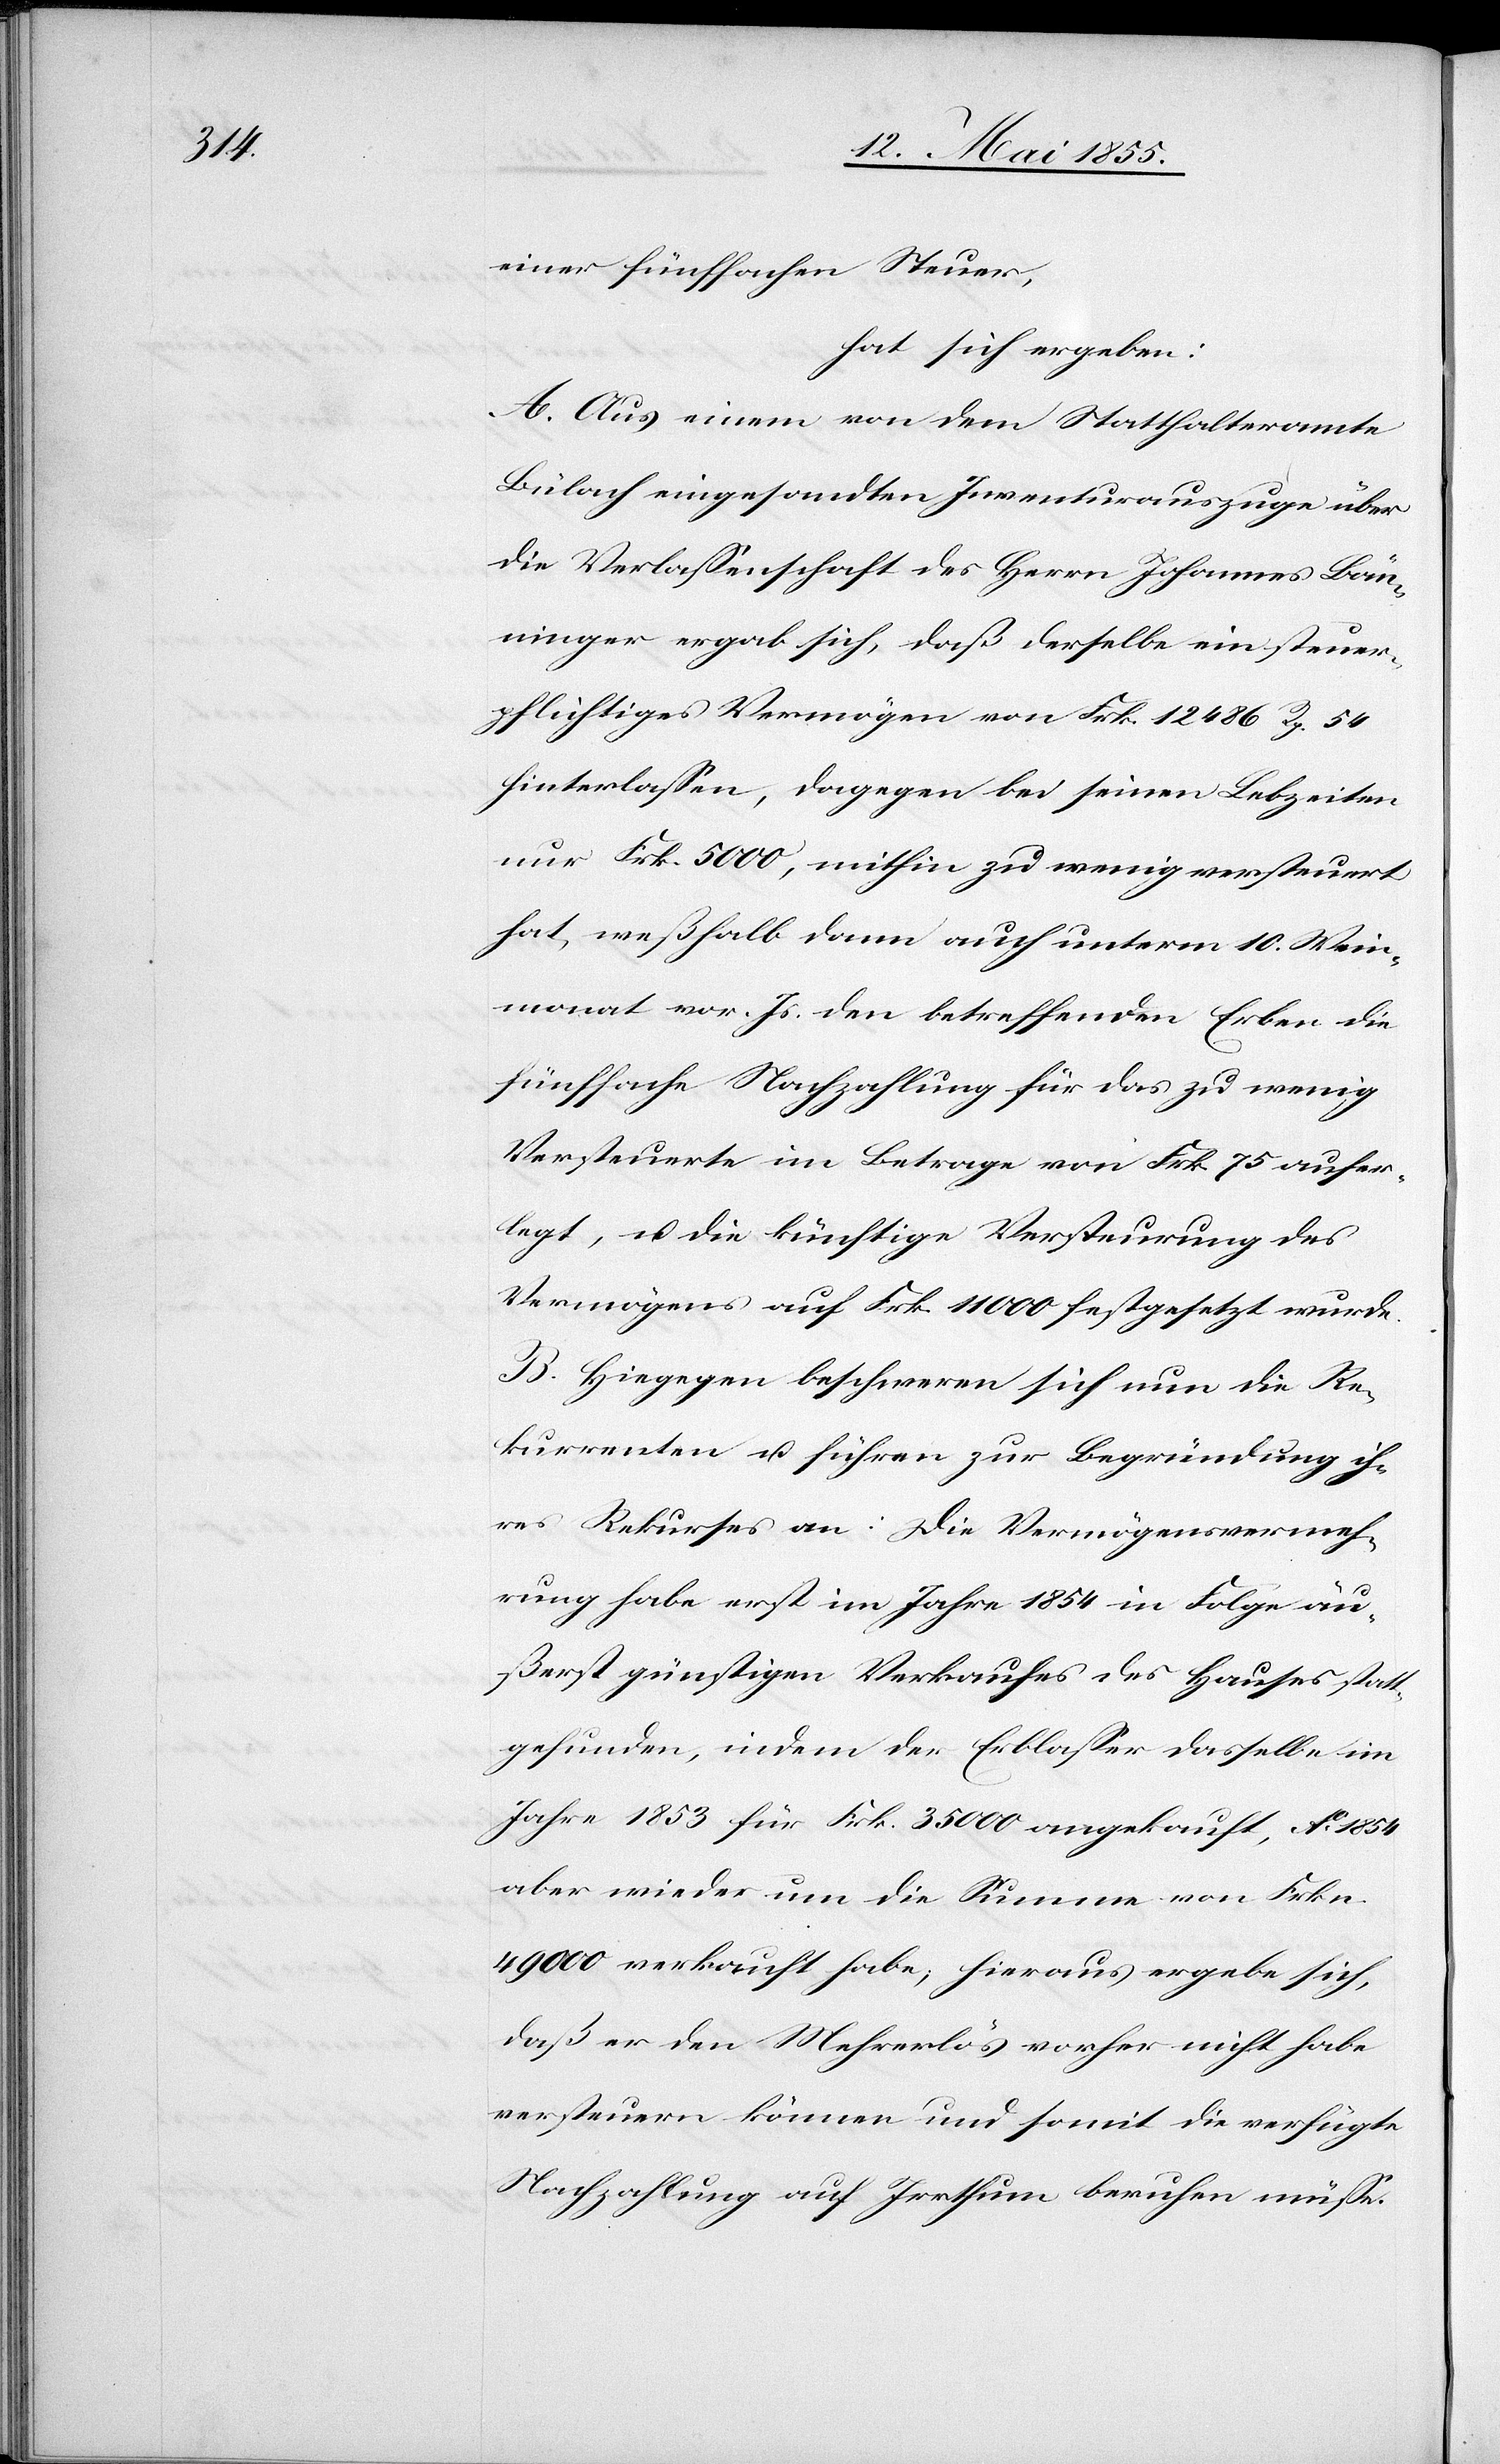
einer fünffachen Steuer,
hat sich ergeben:
A. Aus einem von dem Statthalteramte
Bülach eingesandten Inventurauszuge über
die Verlassenschaft des Herrn Johannes Bän¬
ninger ergab sich, daß derselbe ein steuer¬
pflichtiges Vermögen von Frk. 12 486 Rp. 54
hinterlassen, dagegen bei seinen Lebzeiten
nur Frk. 5000, mithin zu wenig versteuert
hat, weßhalb dann auch unterm 10. Wein¬
monat vor. Js. den betreffenden Erben die
fünffache Nachzahlung für das zu wenig
Versteuerte im Betrage von Frk. 75 aufer¬
legt, u. die künftige Versteurung des
Vermögens auf Frk. 11 000 festgesetzt wurde.
B. Hiegegen beschweren sich nun die Re¬
kurrenten u. führen zur Begründung ih¬
res Rekurses an: Die Vermögensvermeh¬
rung habe erst im Jahre 1854 in Folge äu¬
ßerst günstigen Verkaufes des Hauses statt¬
gefunden, indem der Erblasser dasselbe im
Jahre 1853 für Frk. 35 000 angekauft, Ao. 1854
aber wieder um die Summe von Frkn.
49 000 verkauft habe; hieraus ergebe sich,
daß er den Mehrerlös vorher nicht habe
versteuern können und somit die verfügte
Nachzahlung auf Irrthum beruhen müsse.